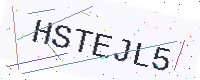
Text: HSTEJL5